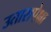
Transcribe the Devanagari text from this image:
उतारापेक्षा